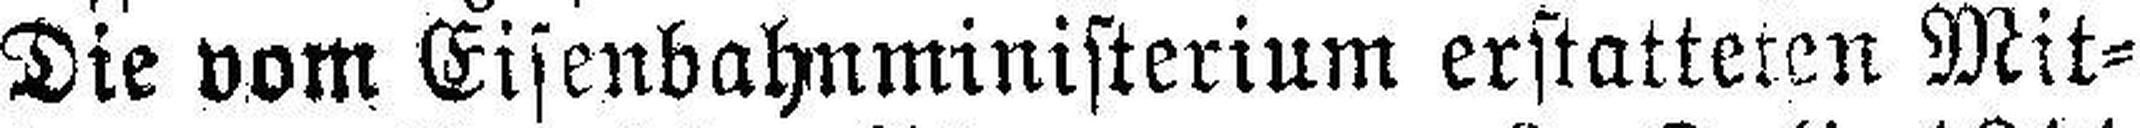
Die vom Eisenbahnministerium erstatteren Mit¬